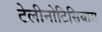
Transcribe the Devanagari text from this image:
टेलीनोटिसियास